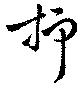
抑